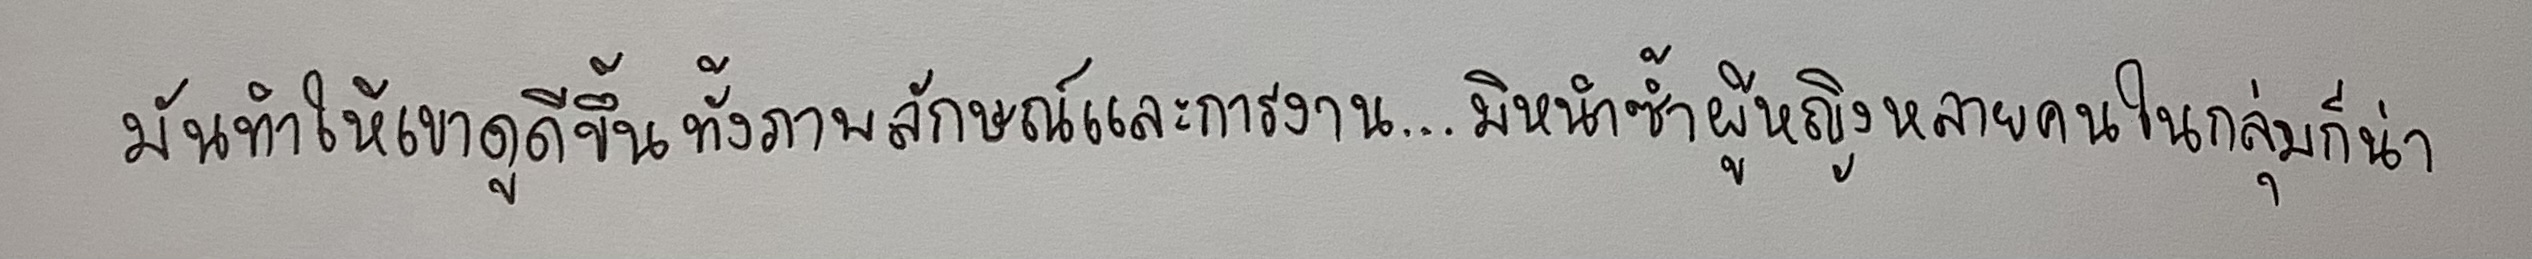
มันทำให้เขาดูดีขึ้นทั้งภาพลักษณ์และการงาน...มิหนำซ้ำผู้หญิงหลายคนในกลุ่มก็น่า